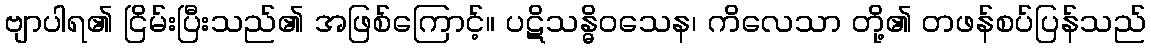
ဗျာပါရ၏ ငြိမ်းပြီးသည်၏ အဖြစ်ကြောင့်။ ပဋိသန္ဓိဝသေန၊ ကိလေသာ တို့၏ တဖန်စပ်ပြန်သည်